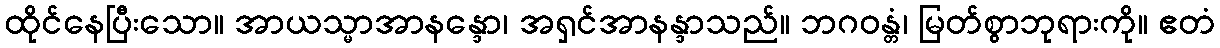
ထိုင်နေပြီးသော။ အာယသ္မာအာနန္ဒော၊ အရှင်အာနန္ဒာသည်။ ဘဂဝန္တံ၊ မြတ်စွာဘုရားကို။ ဧတံ